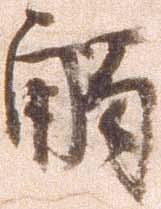
触